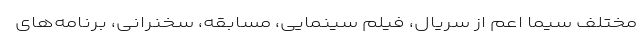
مختلف سیما اعم از سریال، فیلم سینمایی، مسابقه، سخنرانی، برنامه‌های